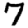
Digit: 7